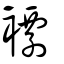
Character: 褼